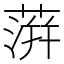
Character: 蓱